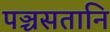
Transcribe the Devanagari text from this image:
पञ्चसतानि